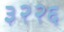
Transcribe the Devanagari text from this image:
३२२६